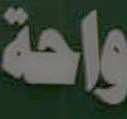
واحة